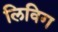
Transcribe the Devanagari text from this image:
लिविग